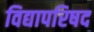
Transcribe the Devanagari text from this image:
विद्यापरिषद